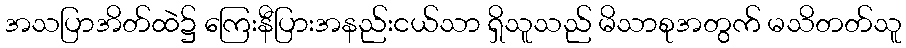
အသပြာအိတ်ထဲ၌ ကြေးနီပြားအနည်းငယ်သာ ရှိသူသည် မိသာစုအတွက် မသိတတ်သူ